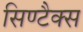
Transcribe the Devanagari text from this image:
सिण्टैक्स